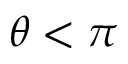
\theta < \pi